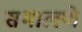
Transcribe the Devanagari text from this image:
सभालणे